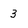
Character: 3